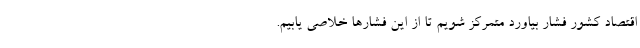
اقتصاد کشور فشار بیاورد متمرکز شویم تا از این فشارها خلاصی یابیم.